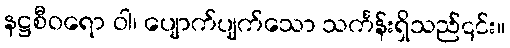
နဋ္ဌစီဝရော ဝါ၊ ပျောက်ပျက်သော သင်္ကန်းရှိသည်၎င်း။